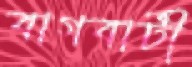
বাগবাটী